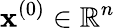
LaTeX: \mathbf{x}^{(0)}\in\mathbb{R}^{n}